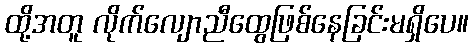
ထို့အတူ လိုက်လျောညီထွေဖြစ်နေခြင်းမရှိပေ။